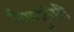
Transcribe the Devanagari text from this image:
विष्णुगिरी